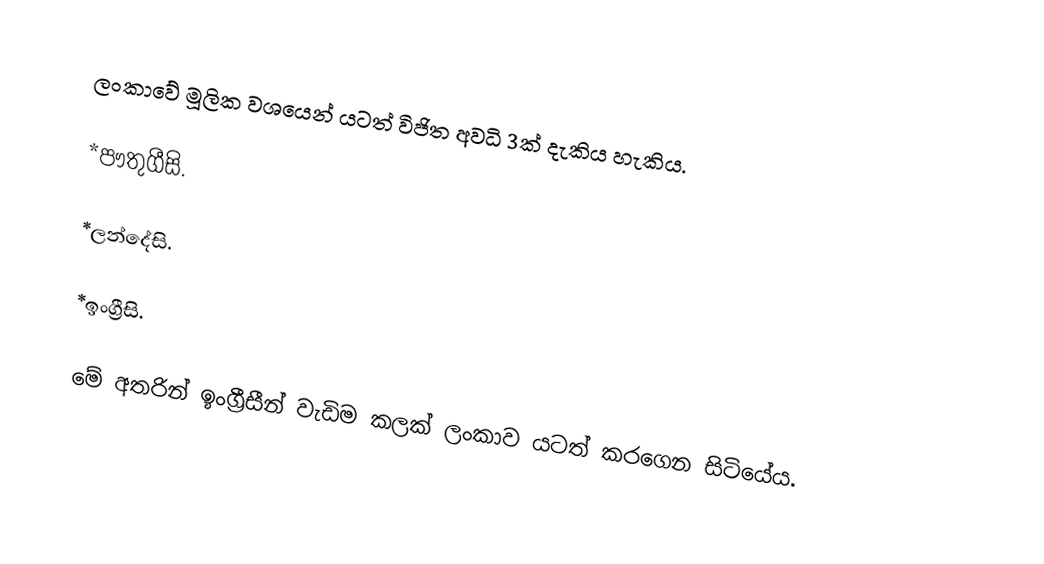
ලංකාවේ මූලික වශයෙන් යටත් විජිත අවධි 3ක් දැකිය හැකිය.

*පෟතුගීසි.

*ලන්දේසි.

*ඉංග්‍රීසි.

මේ අතරින් ඉංග්‍රීසීන් වැඩිම කලක් ලංකාව යටත් කරගෙන සිටියේය.